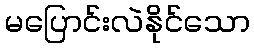
မပြောင်းလဲနိုင်သော